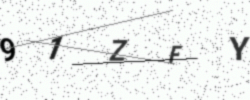
Text: 91ZFY